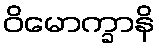
ဝိမောက္ခာနိ